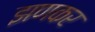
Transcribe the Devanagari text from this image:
झणकर